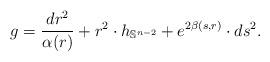
LaTeX: \begin{align*}g=\frac{dr^2}{\alpha(r)}+ r^2 \cdot h_{\mathbb{S}^{n-2}}+e^{2\beta (s,r)} \cdot ds^2.\end{align*}